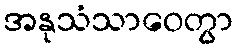
အနုသံသာဝေတွာ